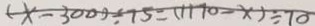
( x - 3 0 0 ) \div 7 5 = ( 1 1 7 0 - x ) \div 7 0